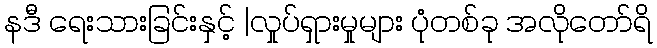
နဒီ ရေးသားခြင်းနှင့် |လှုပ်ရှားမှုများ ပုံတစ်ခု အလိုတော်ရိ